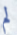
لم